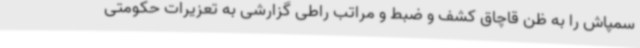
سمپاش را به ظن قاچاق کشف و ضبط و مراتب راطی گزارشی به تعزیرات حکومتی